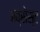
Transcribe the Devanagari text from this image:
अब्सेस्ट